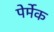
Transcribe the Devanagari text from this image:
पेर्मेक